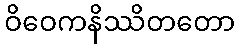
ဝိဝေကနိဿိတတော